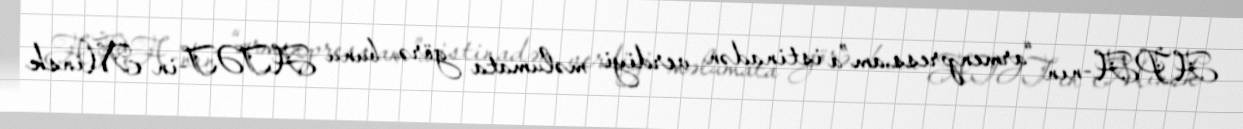
APA-nın “armenpress.am”a istinadən verdiyi məlumata görə, bunu ATƏT-in Minsk